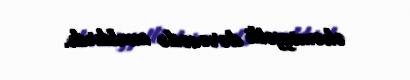
əhəmiyyətli dərəcədə azaldırdı.